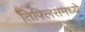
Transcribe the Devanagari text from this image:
तिफ्लिसमध्ये